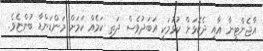
އާޖެންޓީނާ އާއި ދެކޮޅަށް ކުޅުމަކީ އަބަދުވެސް ދަތި ކަމެއް ކަމަށް މަންޑަންޑާ ބުންޏެވެ.